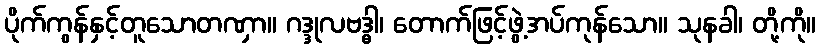
ပိုက်ကွန်နှင့်တူသောတဏှာ။ ဂဒ္ဒုလဗဒ္ဓါ၊ တောက်ဖြင့်ဖွဲ့အပ်ကုန်သော။ သုနခါ၊ တို့ကို။